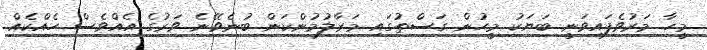
މީހާ މަރުވެފައިވަނީ ބަޔަކު މީހުން ގަސްތުގައި މަރާލުމުންކަން ބުނެވޭނެ ވަރުގެ އެއްވެސް ހެއްކެއް